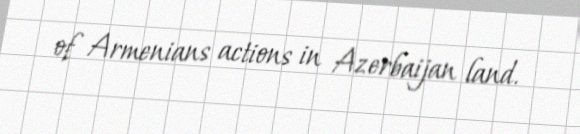
of Armenians actions in Azerbaijan land.